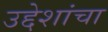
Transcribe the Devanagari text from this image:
उद्देशांचा